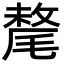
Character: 氂